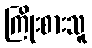
ကြိုးစားသူ